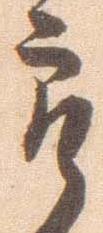
郎